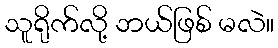
သူရိုက်လို့ ဘယ်ဖြစ် မလဲ။